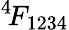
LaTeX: ^{4\! }F_{1234}